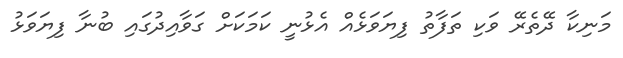
މަނިކާ ދޭތެރޭ ވަކި ތަފާތު ފިޔަވަޅެއް އެޅުނީ ކަމަކަށް ގަވާއިދުގައި ބުނާ ފިޔަވަޅު